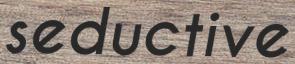
seductive